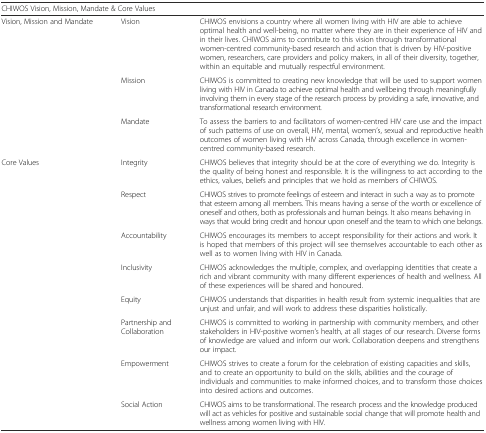
| <COLSPAN=3> CHIWOS Vision, Mission, Mandate & Core Values |
 | --- | --- | --- |
 | <ROWSPAN=3> Vision, Mission and Mandate | Vision | CHIWOS envisions a country where all women living with HIV are able to achieve optimal health and well-being, no matter where they are in their experience of HIV and in their lives. CHIWOS aims to contribute to this vision through transformational women-centred community-based research and action that is driven by HIV-positive women, researchers, care providers and policy makers, in all of their diversity, together, within an equitable and mutually respectful environment. |
 | Mission | CHIWOS is committed to creating new knowledge that will be used to support women living with HIV in Canada to achieve optimal health and wellbeing through meaningfully involving them in every stage of the research process by providing a safe, innovative, and transformational research environment. |
 | Mandate | To assess the barriers to and facilitators of women-centred HIV care use and the impact of such patterns of use on overall, HIV, mental, women’s, sexual and reproductive health outcomes of women living with HIV across Canada, through excellence in women-centred community-based research. |
 | <ROWSPAN=8> Core Values | Integrity | CHIWOS believes that integrity should be at the core of everything we do. Integrity is the quality of being honest and responsible. It is the willingness to act according to the ethics, values, beliefs and principles that we hold as members of CHIWOS. |
 | Respect | CHIWOS strives to promote feelings of esteem and interact in such a way as to promote that esteem among all members. This means having a sense of the worth or excellence of oneself and others, both as professionals and human beings. It also means behaving in ways that would bring credit and honour upon oneself and the team to which one belongs. |
 | Accountability | CHIWOS encourages its members to accept responsibility for their actions and work. It is hoped that members of this project will see themselves accountable to each other as well as to women living with HIV in Canada. |
 | Inclusivity | CHIWOS acknowledges the multiple, complex, and overlapping identities that create a rich and vibrant community with many different experiences of health and wellness. All of these experiences will be shared and honoured. |
 | Equity | CHIWOS understands that disparities in health result from systemic inequalities that are unjust and unfair, and will work to address these disparities holistically. |
 | Partnership and Collaboration | CHIWOS is committed to working in partnership with community members, and other stakeholders in HIV-positive women’s health, at all stages of our research. Diverse forms of knowledge are valued and inform our work. Collaboration deepens and strengthens our impact. |
 | Empowerment | CHIWOS strives to create a forum for the celebration of existing capacities and skills, and to create an opportunity to build on the skills, abilities and the courage of individuals and communities to make informed choices, and to transform those choices into desired actions and outcomes. |
 | Social Action | CHIWOS aims to be transformational. The research process and the knowledge produced will act as vehicles for positive and sustainable social change that will promote health and wellness among women living with HIV. |